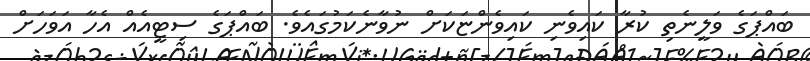
ބައްޕަގެ ވަލީނެތި ކުރާ ކައިވެނި ކައިވެންޏަކަށް ނުވާނެކަމުގައެވެ. ބައްޕަގެ ސިޓީއެއް އެހާ އަވަހަށް